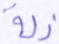
ذلة